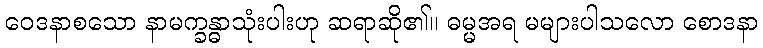
ဝေဒနာစသော နာမက္ခန္ဓာသုံးပါးဟု ဆရာဆို၏။ ဓမ္မအရ မများပါသလော စောဒနာ